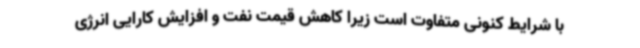
با شرایط کنونی متفاوت است زیرا کاهش قیمت نفت و افزایش کارایی انرژی